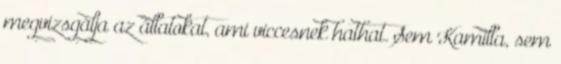
megvizsgálja az állatokat, ami viccesnek hathat. Sem Kamilla, sem